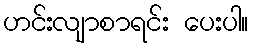
ဟင်းလျာစာရင်း ပေးပါ။